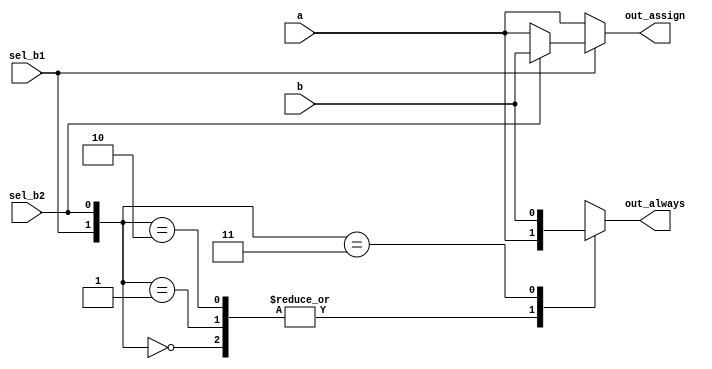
// synthesis verilog_input_version verilog_2001
module top_module(
    input a,
    input b,
    input sel_b1,
    input sel_b2,
    output wire out_assign,
    output reg out_always   ); 
    assign out_assign=sel_b1?((sel_b2)?b:a):(sel_b2?a:a);
    always@(*)
        begin
            case({sel_b1,sel_b2})
                    2'b00:out_always=a;
                    2'b01:out_always=a;
                    2'b10:out_always=a;
                    2'b11:out_always=b;
            endcase
        end
                

endmodule